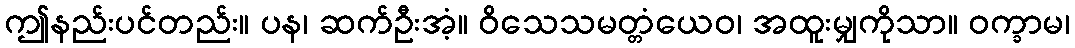
ဤနည်းပင်တည်း။ ပန၊ ဆက်ဦးအံ့။ ဝိသေသမတ္တံယေဝ၊ အထူးမျှကိုသာ။ ဝက္ခာမ၊